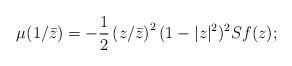
LaTeX: \begin{align*}\mu(1/\bar z) = -\frac{1}{2} \left( z/\bar z \right)^2 (1 - |z|^2)^2 Sf(z);\end{align*}